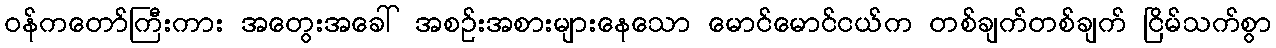
ဝန်ကတော်ကြီးကား အတွေးအခေါ် အစဉ်းအစားများနေသော မောင်မောင်ငယ်က တစ်ချက်တစ်ချက် ငြိမ်သက်စွာ